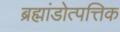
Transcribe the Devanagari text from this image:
ब्रह्मांडोत्पत्तिक